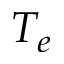
T _ { e }